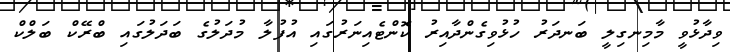
ވިދާޅުވީ މާމިނގިލީ ބަނދަރު ހުޅުވިގެންދާއިރު ކޮންޓެއިނަރުގައި އުފުލާ މުދަލުގެ ބަދަލުގައި ބްރޭކް ބަލްކް